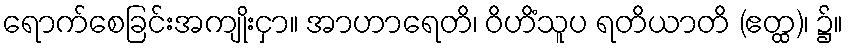
ရောက်စေခြင်းအကျိုးငှာ။ အာဟာရေတိ၊ ဝိဟိံသူပ ရတိယာတိ (ဧတ္ထ)၊ ၌။